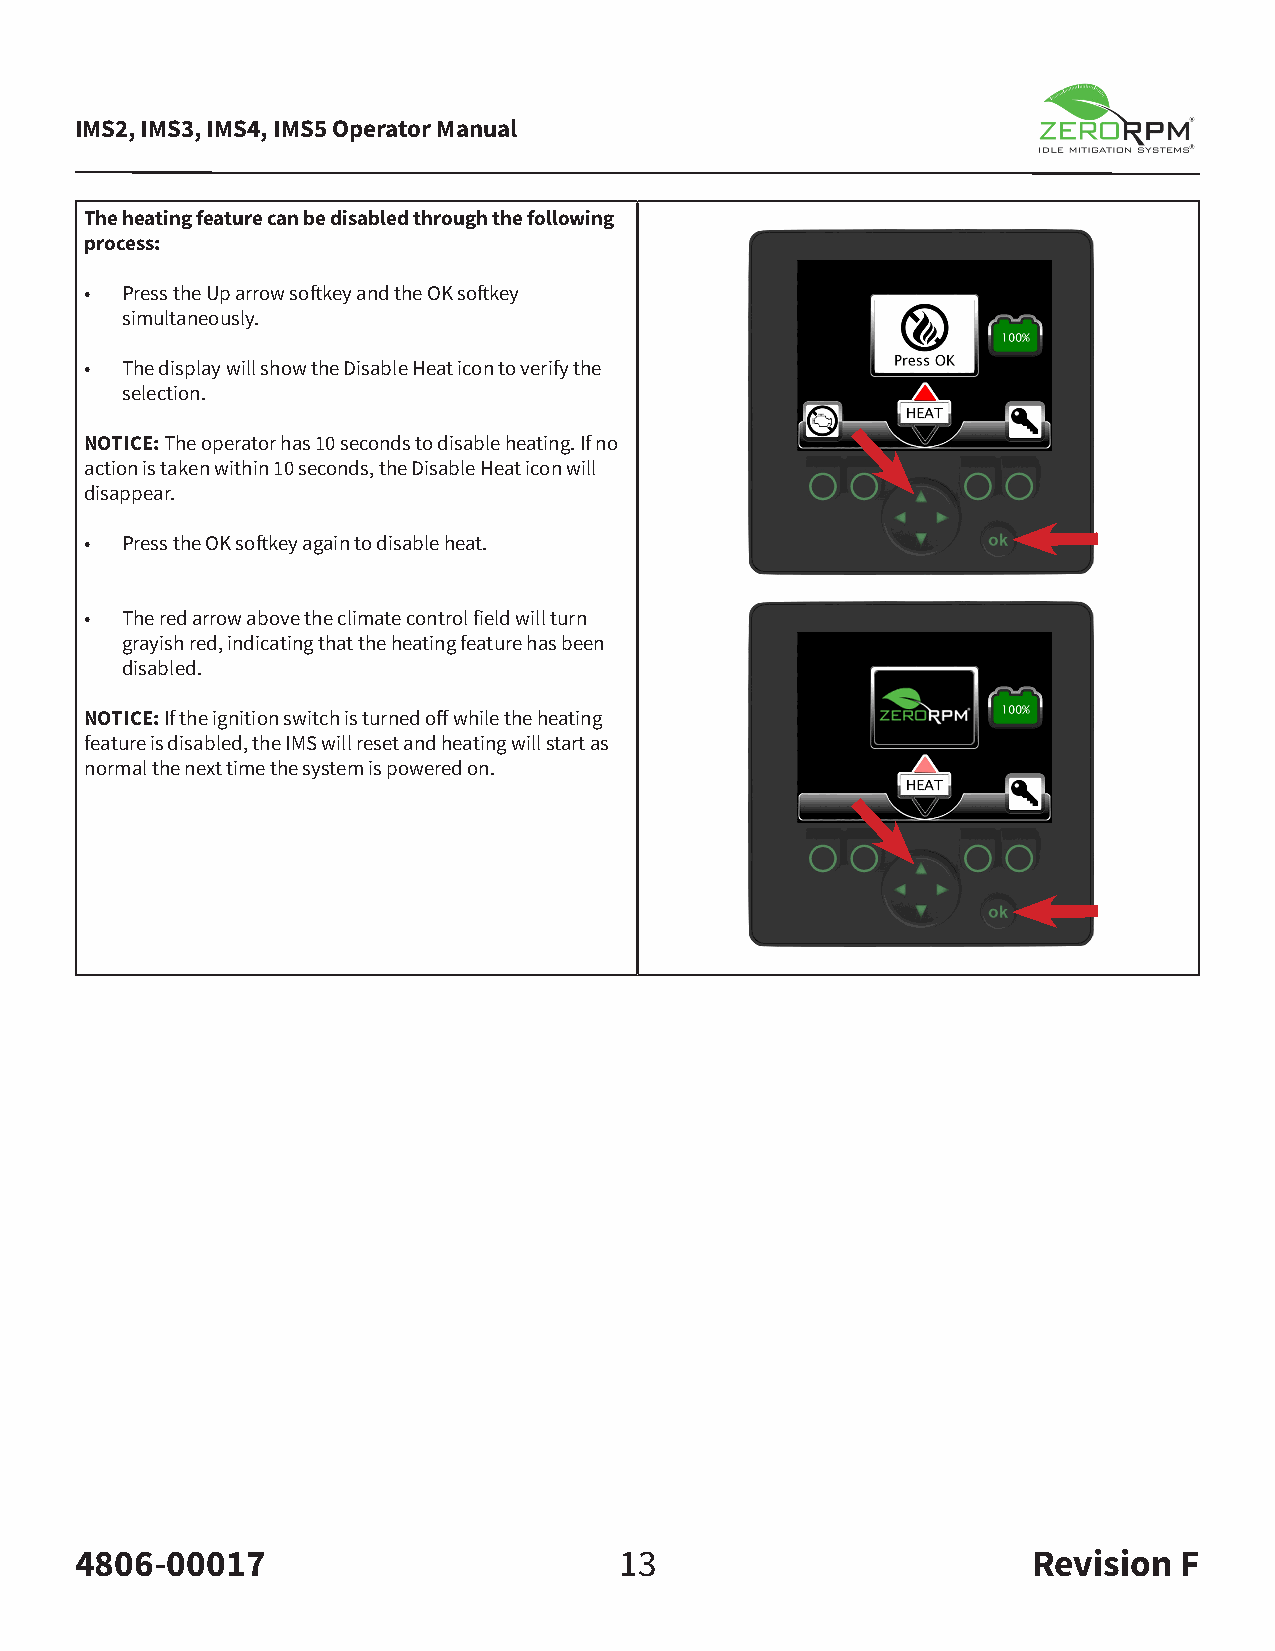
IMS2, IMS3, IMS4, IMS5 Operator Manual
 The heating feature can be disabled through the following
 process:
 • Press the Up arrow softkey and the OK softkey
 simultaneously.
 • The display will show the Disable Heat icon to verify the
 selection.
 NOTICE: The operator has 10 seconds to disable heating. If no
 action is taken within 10 seconds, the Disable Heat icon will
 disappear.
 • Press the OK softkey again to disable heat.
 • The red arrow above the climate control field will turn
 grayish red, indicating that the heating feature has been
 disabled.
 NOTICE: If the ignition switch is turned off while the heating
 feature is disabled, the IMS will reset and heating will start as
 normal the next time the system is powered on.
 4806-00017                          13                         Revision  F